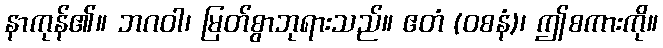
နာကုန်၏။ ဘဂဝါ၊ မြတ်စွာဘုရားသည်။ ဧတံ (ဝစနံ)၊ ဤစကားကို။